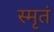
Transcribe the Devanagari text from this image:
स्मृतं